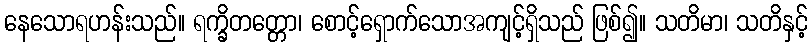
နေသောရဟန်းသည်။ ရက္ခိတတ္တော၊ စောင့်ရှောက်သောအကျင့်ရှိသည် ဖြစ်၍။ သတိမာ၊ သတိနှင့်